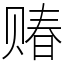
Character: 䞐